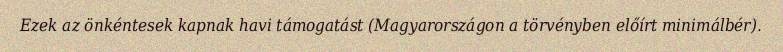
Ezek az önkéntesek kapnak havi támogatást (Magyarországon a törvényben előírt minimálbér).